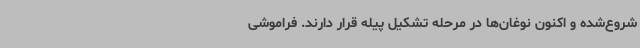
شروع‌شده و اکنون نوغان‌ها در مرحله تشکیل پیله قرار دارند. فراموشی